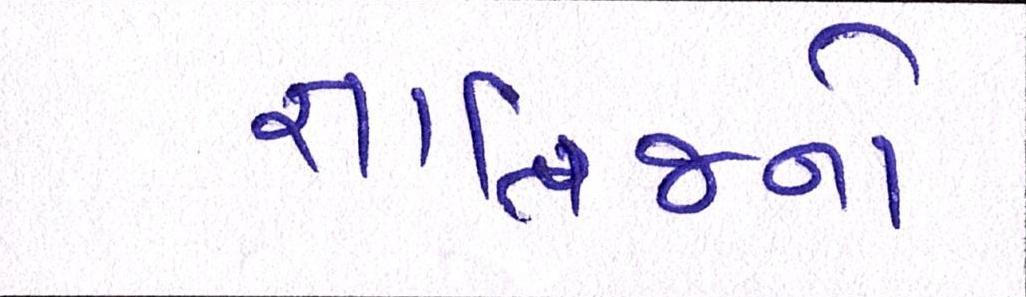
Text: જ્ઞાતિજનો